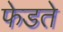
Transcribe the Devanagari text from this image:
फेडते